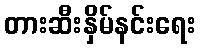
တားဆီးနှိမ်နင်းရေး